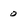
Character: 0